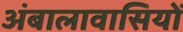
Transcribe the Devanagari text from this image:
अंबालावासियों